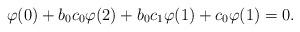
LaTeX: \begin{align*}\varphi(0)+b_0c_0\varphi(2)+b_0c_1\varphi(1)+c_0\varphi(1)=0.\end{align*}